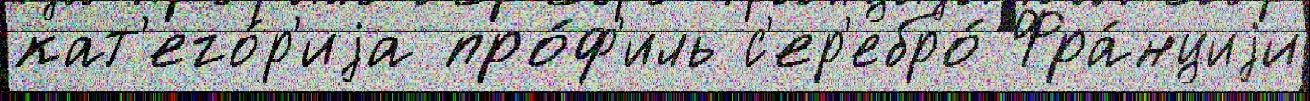
кат'его́р'иjа про́ф'иль с'ер'ебро́ Фра́нциjи